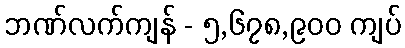
ဘဏ်လက်ကျန် - ၅,၆၇၈,၉၀၀ ကျပ်